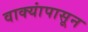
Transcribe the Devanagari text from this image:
वाक्यांपासून